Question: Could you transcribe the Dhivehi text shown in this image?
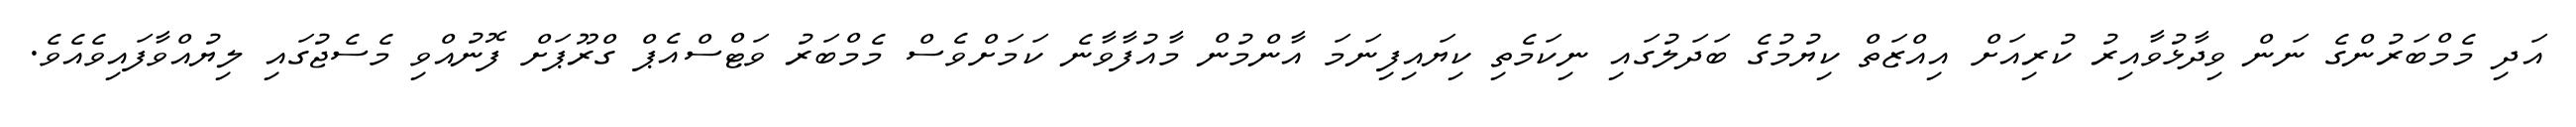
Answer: އަދި މެމްބަރުންގެ ނަން ވިދާޅުވާއިރު ކުރިއަށް އިއްޒަތް ކިޔުމުގެ ބަދަލުގައި ނިކަމެތި ކިޔައިފިނަމަ އާންމުން މާއުފާވާނެ ކަމަށްވެސް މެމްބަރު ވަޓްސްއެޕް ގްރޫޕަށް ފޮނުއްވި މެސެޖުގައި ލިޔުއްވާފައިވެއެވެ.